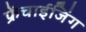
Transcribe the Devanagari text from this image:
फ्रेंचाईजिंग